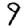
Digit: 9